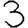
Digit: 3